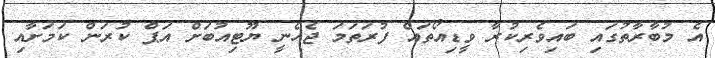
އެ މުބާރާތުގައި ބައިވެރިކުރާ ވީޑިއޯތައް ފުރަތަމަ ޖެހެނީ ޔޫޓިއުބަށް އަޕް ކުރަން ކަމަށާއި